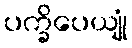
ပက္ခိပေယျုံ